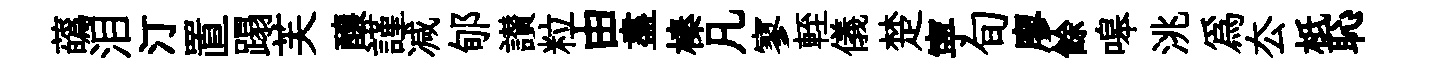
蘤泪汀置蹋芙醸謹减郇讃粒由盡榛凡寥輊儀楚寜旬廖餘嗥洮爲厺柢恥